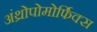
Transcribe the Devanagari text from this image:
अंथ्रोपोमोर्फिक्स